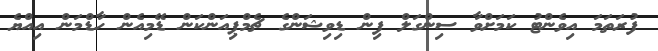
ފުރަތަމަ އިވެންޓު ކަމަށްވާ ސިންގަލް ފިން ޑިވިޝަންގެ ޗެމްޕިއަންކަން ޑޭމިއެން ހާޑްމަން އިއްޔެ